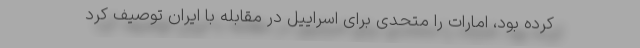
کرده بود، امارات را متحدی برای اسراییل در مقابله با ایران توصیف کرد